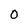
Character: O